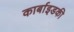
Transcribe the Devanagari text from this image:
कार्बाइडकी